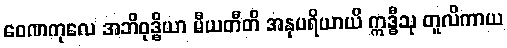
ဝေဏကုလေ အဘိဝုဒ္ဓိယာ မီယတီတိ အနုပရိယာယိ ဣဒ္ဓီသု တူလိကာယ